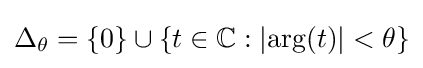
\Delta _{\theta }=\{0\}\cup \{t\in \mathbb {C} :|\mathrm {arg} (t)|<\theta \}